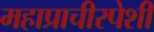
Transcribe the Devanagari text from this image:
महाप्राचीरपेशी